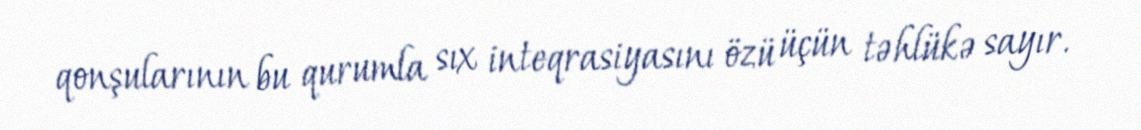
qonşularının bu qurumla sıx inteqrasiyasını özü üçün təhlükə sayır.